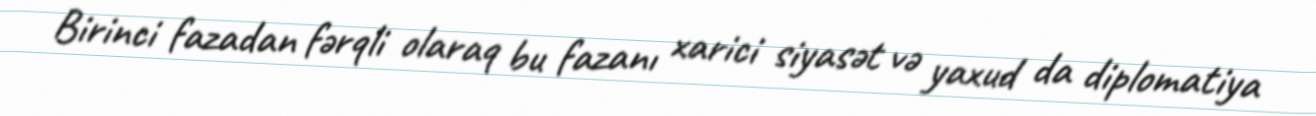
Birinci fazadan fərqli olaraq bu fazanı xarici siyasət və yaxud da diplomatiya